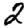
Digit: 2